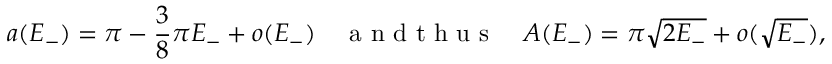
a ( E _ { - } ) = \pi - \frac { 3 } { 8 } \pi E _ { - } + o ( E _ { - } ) \quad \mathrm { ~ a ~ n ~ d ~ t ~ h ~ u ~ s ~ } \quad A ( E _ { - } ) = \pi \sqrt { 2 E _ { - } } + o ( \sqrt { E _ { - } } ) ,